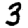
Digit: 3